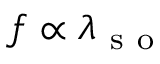
f \propto \lambda _ { \mathrm { ~ s ~ o ~ } }